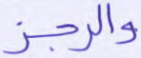
والرجز